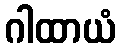
ဂါထာယံ